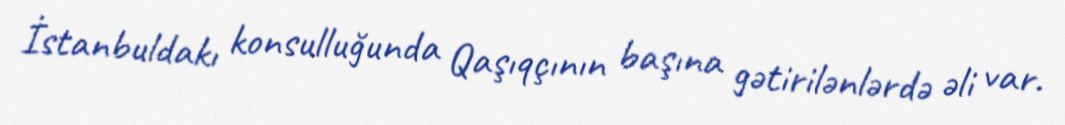
İstanbuldakı konsulluğunda Qaşıqçının başına gətirilənlərdə əli var.